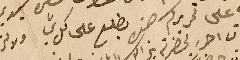
على تحريركم هذه يطلع على كل شي ولا لزوم